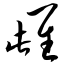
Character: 雌